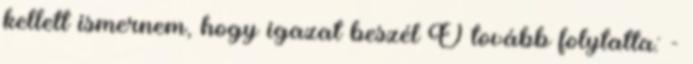
kellett ismernem, hogy igazat beszél Ő tovább folytatta: -